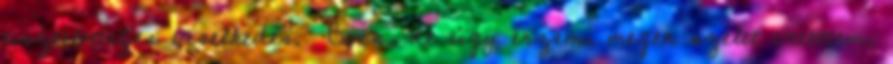
tiszteletteljes viselkedés. Bocs, de úgy érzem, megen szelet vetettem,